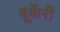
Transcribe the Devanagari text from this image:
वूर्केरी